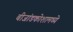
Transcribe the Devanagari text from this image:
बीजांडकोशामध्ये